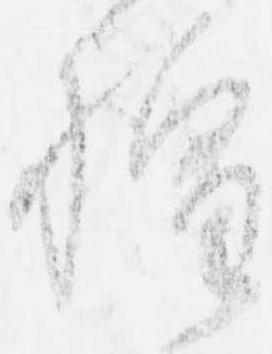
惶